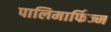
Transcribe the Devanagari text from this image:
पालिमार्फिज्म